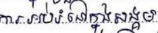
ការអប់រំនៅក្នុងសង្គម